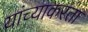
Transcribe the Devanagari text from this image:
यांच्याकरता